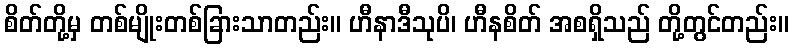
စိတ်တို့မှ တစ်မျိုးတစ်ခြားသာတည်း။ ဟီနာဒီသုပိ၊ ဟီနစိတ် အစရှိသည် တို့တွင်တည်း။